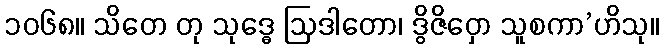
၁၀၆၈။ သိတေ တု သုဒ္ဓေ ဩဒါတော၊ ဒွိဇိဝှော သူစကာ’ဟိသု။